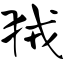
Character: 狨